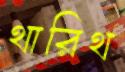
থারিথ